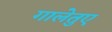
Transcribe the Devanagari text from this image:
गालेतुए